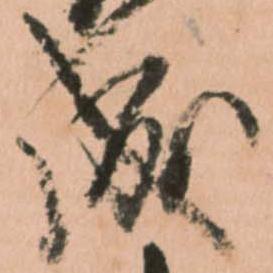
成